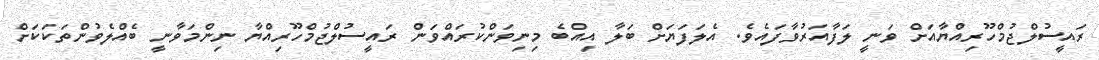
ރައީސުލްޖުމްހޫރިއްޔާއަށް ވަނީ ލަފާއަރުވާފައެވެ. އެލަފަޔަށް ބަލާ އިއްބެ މިނިވަންކުރައްވަން ރައީސުލްޖުމްހޫރިއްޔާ ނިންމަވާނީ ބެއްލެވުންތަކަކަށް